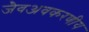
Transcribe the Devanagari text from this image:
जैवअवकरणीय